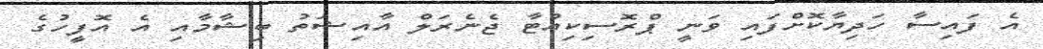
އެ ފައިސާ ހަދިޔާކޮށްފައި ވަނީ ޕްރޮސިކިއުޓާ ޖެނެރަލް އާއިޝަތު ބިޝާމާއި އެ އޮފީހުގެ